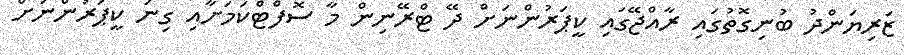
ޒަރިޔަންދު ބުނިގޮތުގައި ރާއްޖޭގައި ކީޕަރުންނަށް ދޭ ޓްރޭނިން މާ ސޮފްޓްކަމަށާއި ގިނަ ކީޕަރުންނަށް